Report on the working of the mental hospitals for Indians in Bihar and Orissa - 1925-1929
Year: 1925
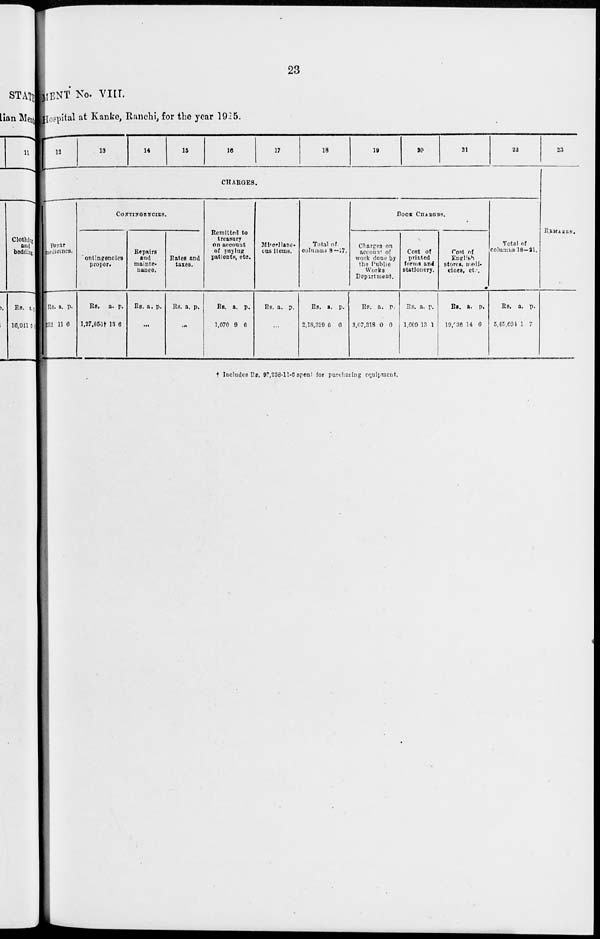
23
MENT No. VIII.
Hospital at Kanke, Ranchi, for the year 1925.
12
13
14
15
16
17
18
19
20
21
22
CHARGES.
Bazar
medicines.
Rs.
252
a.
11
p.
6
CONTINGENCIES.
Contingencies
proper.
Rs.
1,27,856†
a.
13
p.
6
Repairs
and
mainte-
nance.
Rs. a. p.
...
Rates and
taxes.
Rs. a. p.
...
Remitted to
treasury
on account
of paying
patients, etc.
Rs.
1,070
a.
9
p.
6
Miscellane-
ous items.
Rs. a. p.
...
Total of
columns 8—17.
Rs.
2,18,329
a.
6
p.
6
BOOK CHARGES.
Charges on
account of
work done by
the Public
Works
Department.
Rs.
3,07,318
a.
0
p.
0
Cost of
printed
forms and
stationery.
Rs.
1,009
a.
13
p.
1
Cost of
English
stores, medi-
cines, etc.
Rs.
19,036
a.
14
p.
0
Total of
columns 18—21.
Rs.
5,45,694
a.
1
p.
7
23
REMARKS.
† Includes Rs. 97,238-11-6 spent for purchasing equipment.